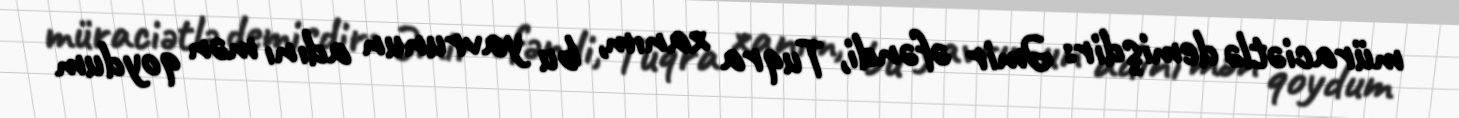
müraciətlə demişdir: Əmir əfəndi, Tuqra xanım, bu yavrunun adını mən qoydum